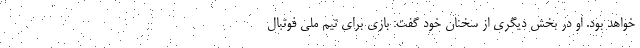
خواهد بود. او در بخش دیگری از سخنان خود گفت: بازی برای تیم ملی فوتبال